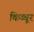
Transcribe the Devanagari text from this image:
किब्बूर